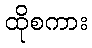
ထိုစကား